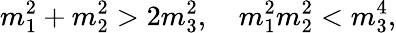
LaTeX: m_{1}^{2}+m_{2}^{2}>2m_{3}^{2},\ \ \ \ m_{1}^{2}m_{2}^{2}<m_{3}^{4},